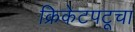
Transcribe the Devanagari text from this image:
क्रिकेटपटूचा